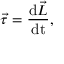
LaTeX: { \vec { \tau } } = { \frac { \mathrm { d } { \vec { L } } } { \mathrm { d t } } } ,